NAE_ERA_R-1665_Eesti_Kunstnike_Liit, lk 82
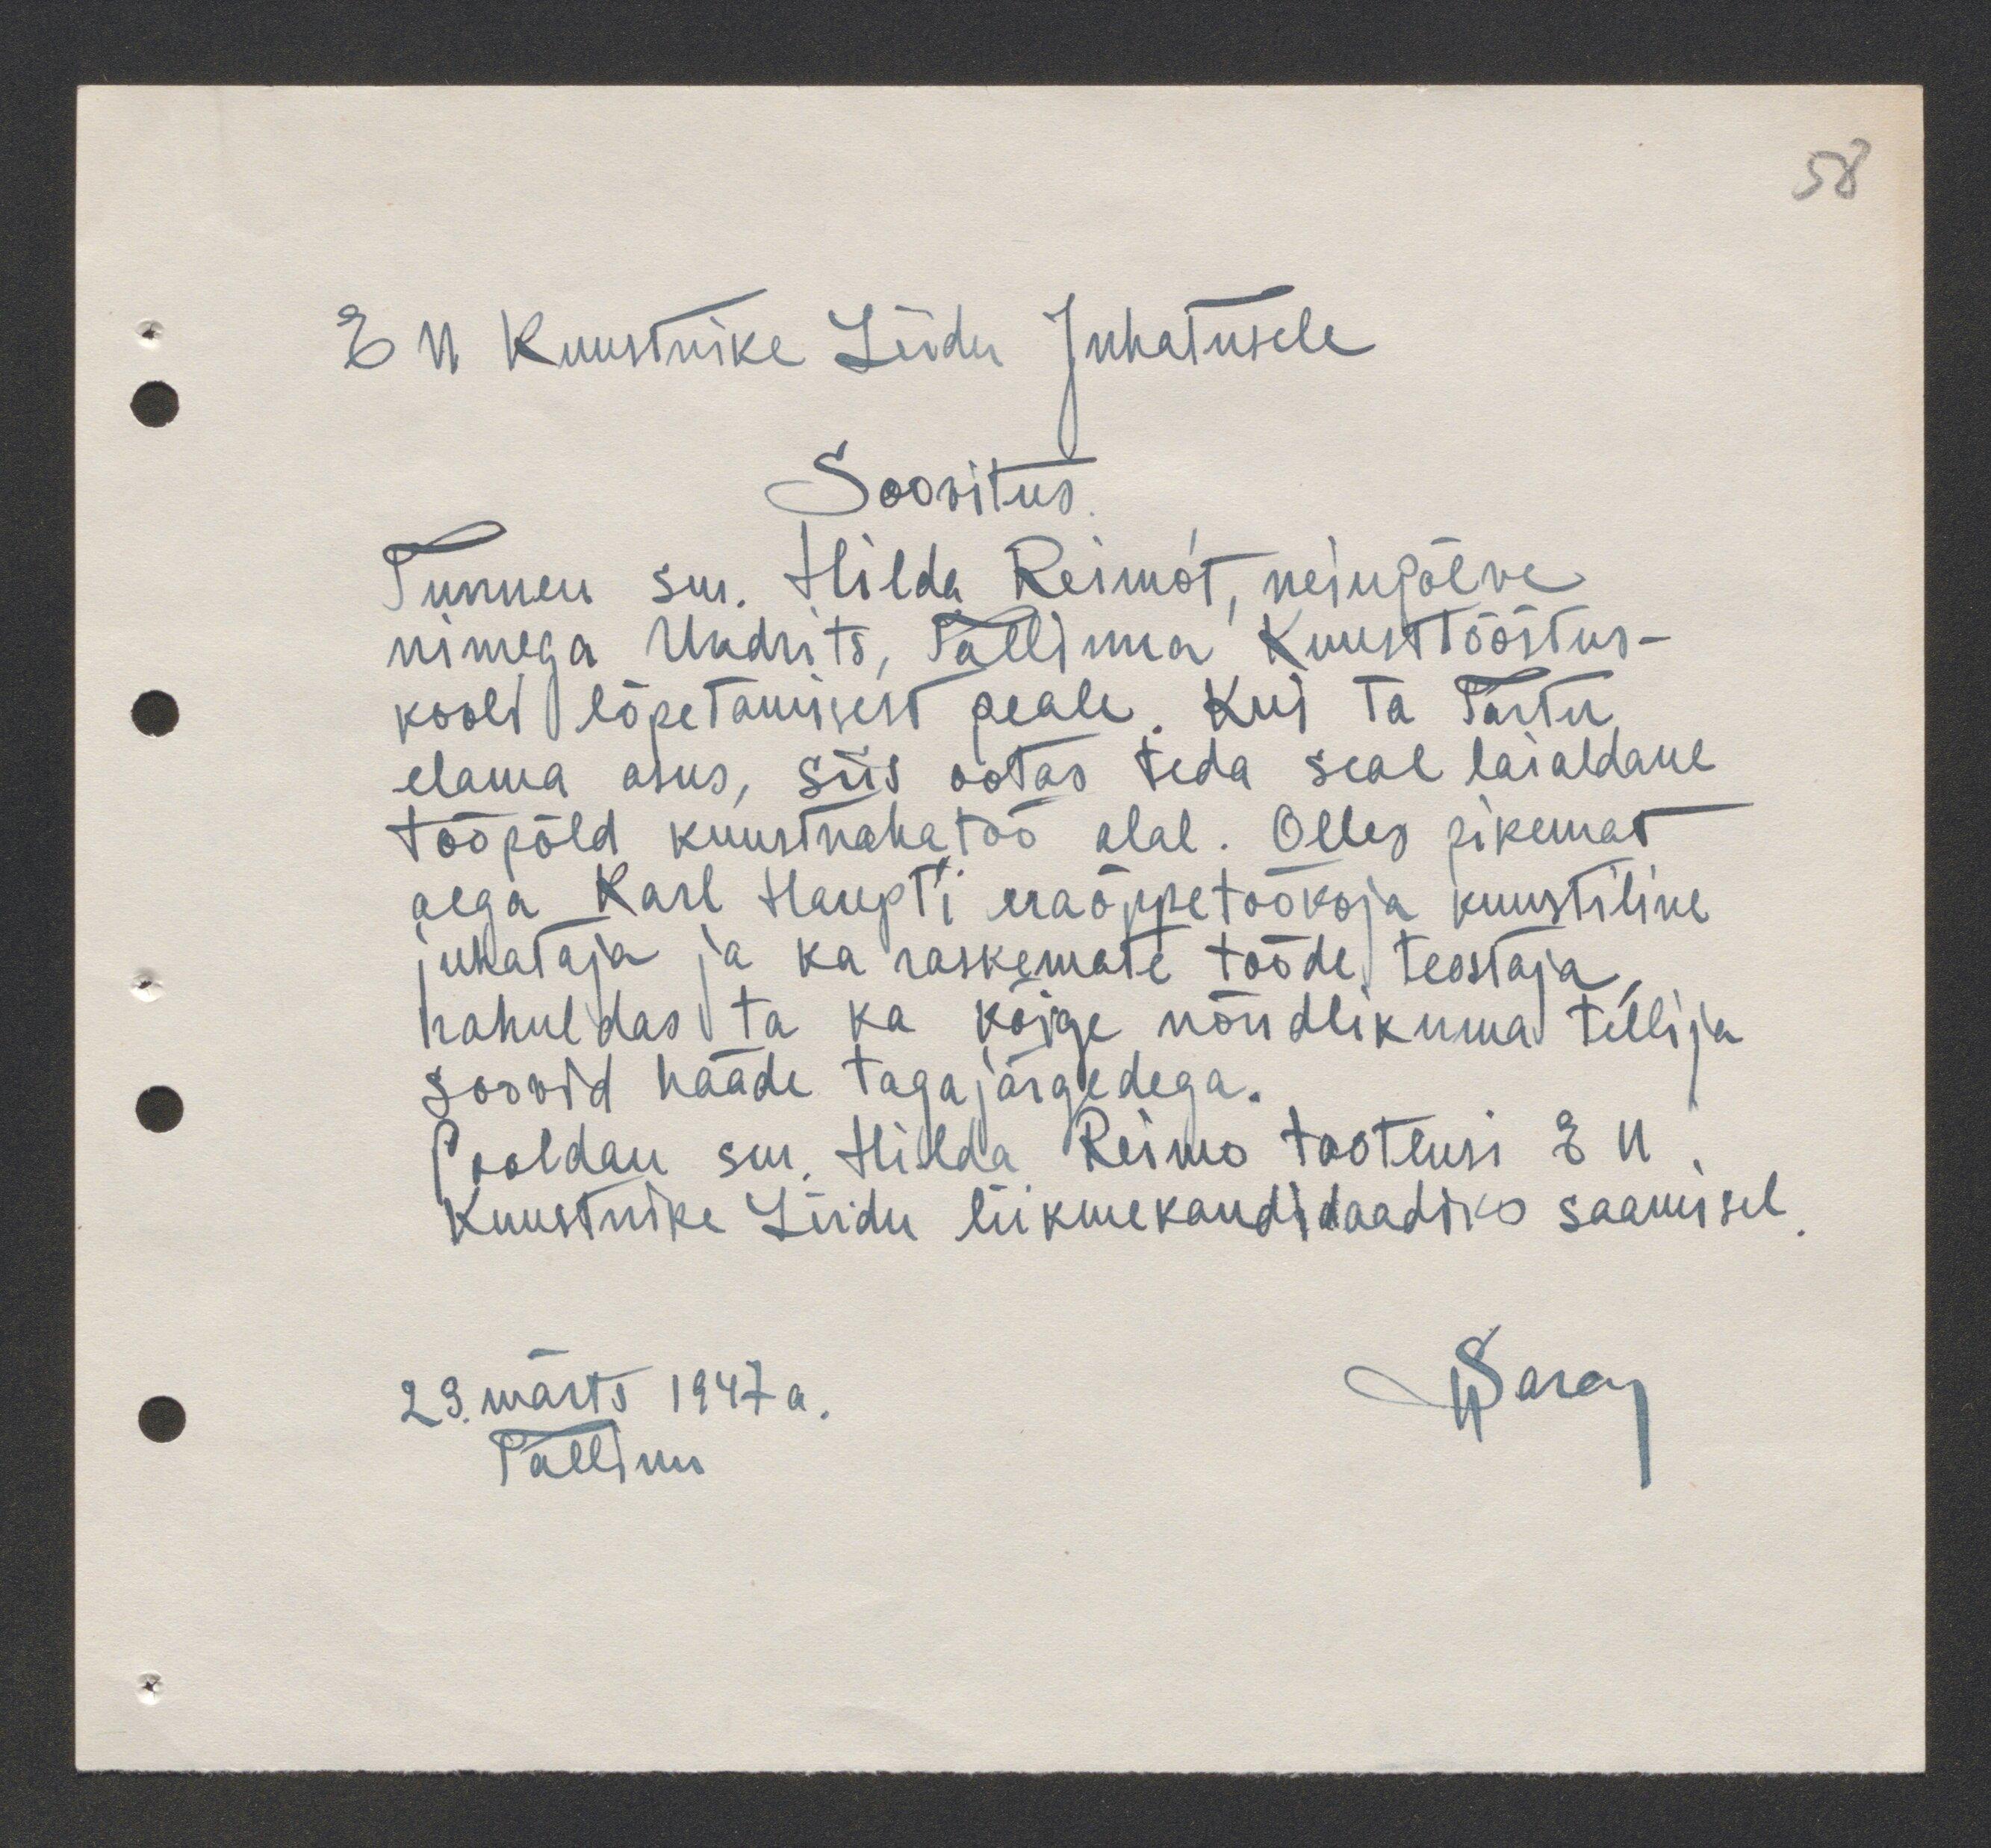
58

E N Kunstnike Liidu Juhatusele
Soovitus.
Tunnen sm. Hilda Reimot, neiupõlve
nimega Undrits, Tallinna Kunsttööstus-
kooli lõpetamisest peale. Kui Ta Tartu
elama asus, siis ootas teda seal laialdane
tööpõld kunstnahatöö alal. Olles pikemat
aega Karl Haupt´i eraõppetöökoja kunstiline
juhataja ja ka raskemate tööde teostaja,
rahuldas ta ka kõige nõudlikuma tellija
soovid hääde tagajärgedega.
Pooldan sm. Hilda Reimo taotlusi E N
Kunstnike Liidu liikmekandidaadiks saamisel.
29. märts 1947 a.
HSarap
Tallinn